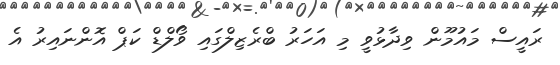
ރައީސް މައުމޫން ވިދާޅުވީ މި އަހަރު ބްރެޒިލްގައި ވޯލްޑް ކަޕް އޮންނައިރު އެ